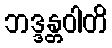
ဘဒ္ဒန္တဝါတိ